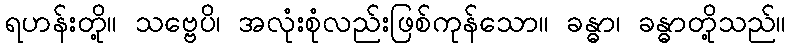
ရဟန်းတို့။ သဗ္ဗေပိ၊ အလုံးစုံလည်းဖြစ်ကုန်သော။ ခန္ဓာ၊ ခန္ဓာတို့သည်။